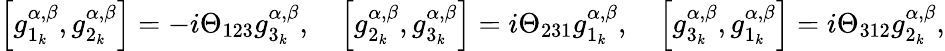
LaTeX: \left[g_{1_{k}}^{\alpha,\beta},g_{2_{k}}^{\alpha,\beta}\right]=-i\Theta_{123}g_{3_{k}}^{\alpha,\beta},\quad\left[g_{2_{k}}^{\alpha,\beta},g_{3_{k}}^{\alpha,\beta}\right]=i\Theta_{231}g_{1_{k}}^{\alpha,\beta},\quad\left[g_{3_{k}}^{\alpha,\beta},g_{1_{k}}^{\alpha,\beta}\right]=i\Theta_{312}g_{2_{k}}^{\alpha,\beta},